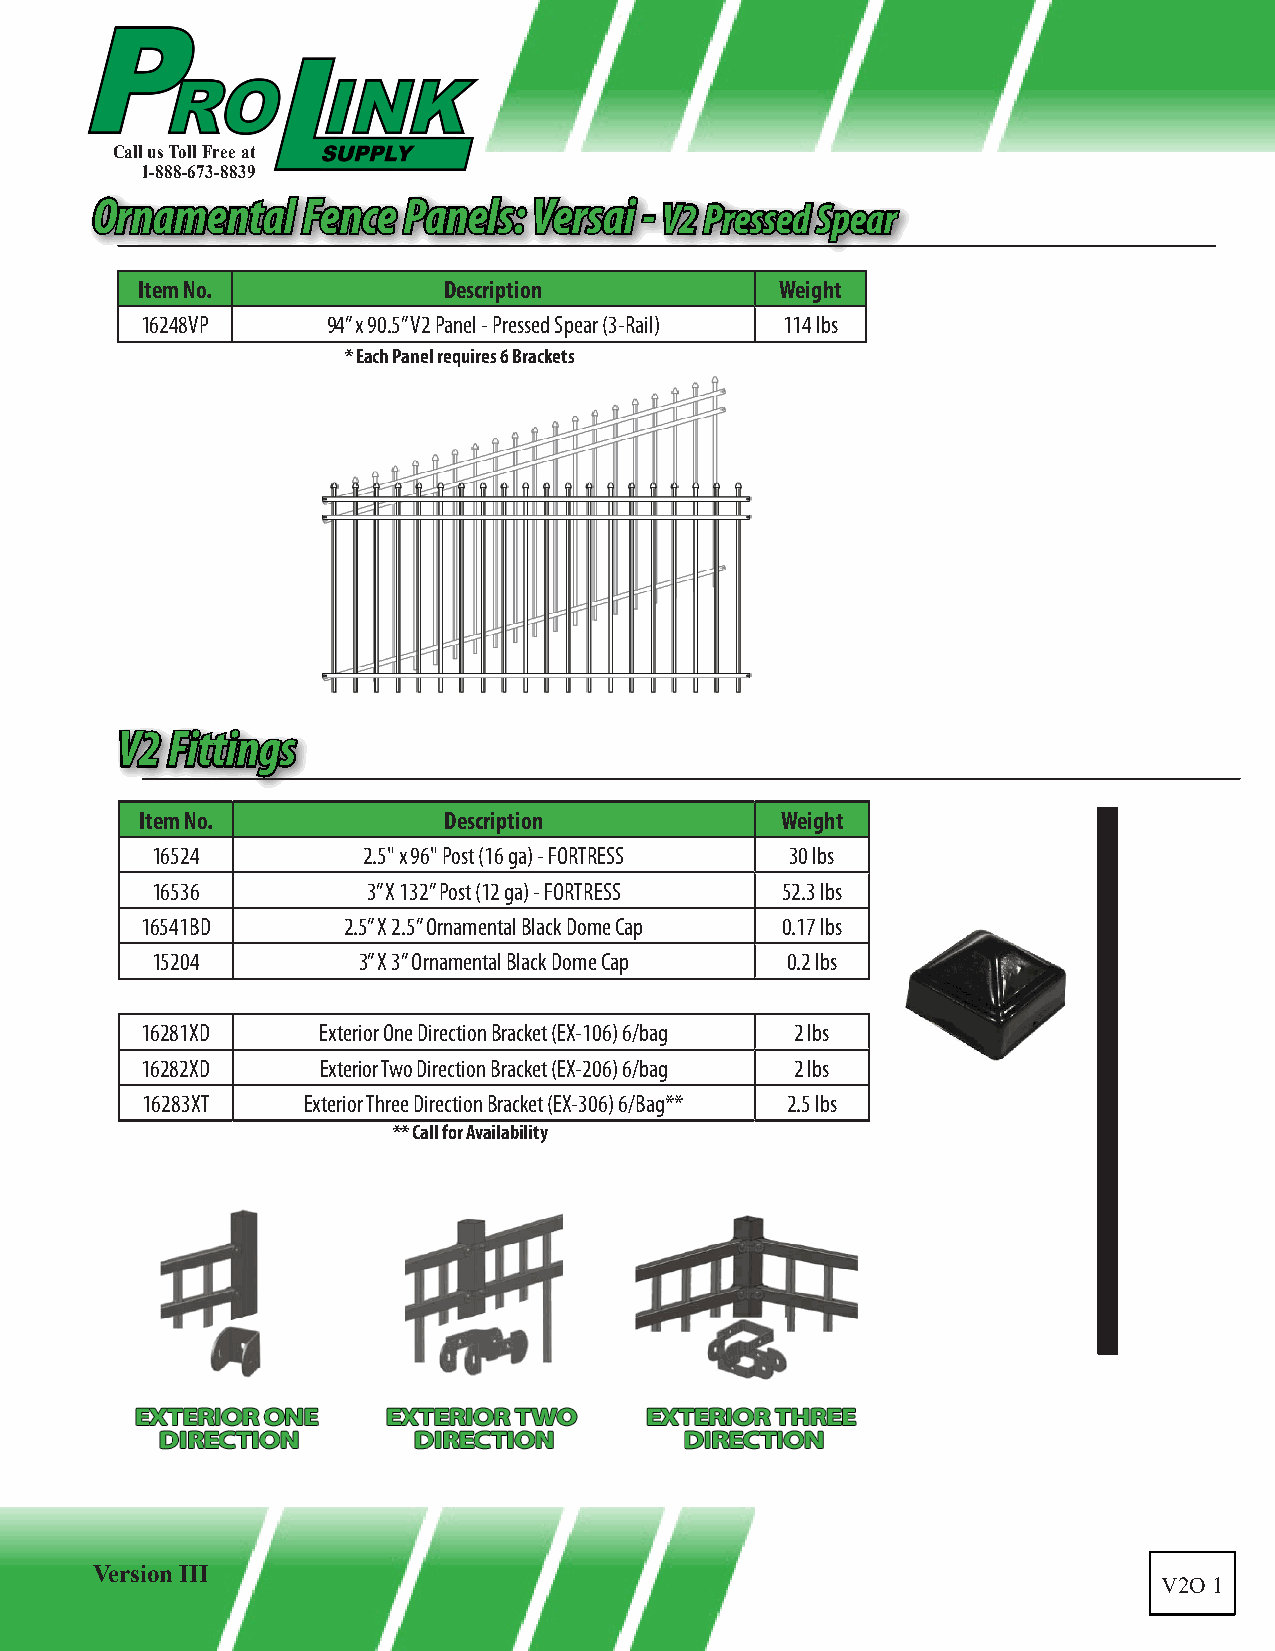
Call us Toll Free at
 1-888-673-8839
 OOrrnnaammeennttaall FFeennccee PPaanneellss:: VVeerrssaaii -- VV22 PPrreesssseedd SSppeeaarr
 Item No.            Description            Weight
 16248VP      94” x 90.5” V2 Panel - Pressed Spear (3-Rail) 114 lbs
 * Each Panel requires 6 Brackets
 VV22 FFiittttiinnggss
 Item No.            Description            Weight
 16524         2.5" x 96" Post (16 ga) - FORTRESS 30 lbs
 16536         3” X 132” Post (12 ga) - FORTRESS 52.3 lbs
 16541BD       2.5” X 2.5” Ornamental Black Dome Cap 0.17 lbs
 15204         3” X 3” Ornamental Black Dome Cap 0.2 lbs
 16281XD     Exterior One Direction Bracket (EX-106) 6/bag 2 lbs
 16282XD     Exterior Two Direction Bracket (EX-206) 6/bag 2 lbs
 16283XT    Exterior Three Direction Bracket (EX-306) 6/Bag** 2.5 lbs
 ** Call for Availability
 Version III
 V2O 1